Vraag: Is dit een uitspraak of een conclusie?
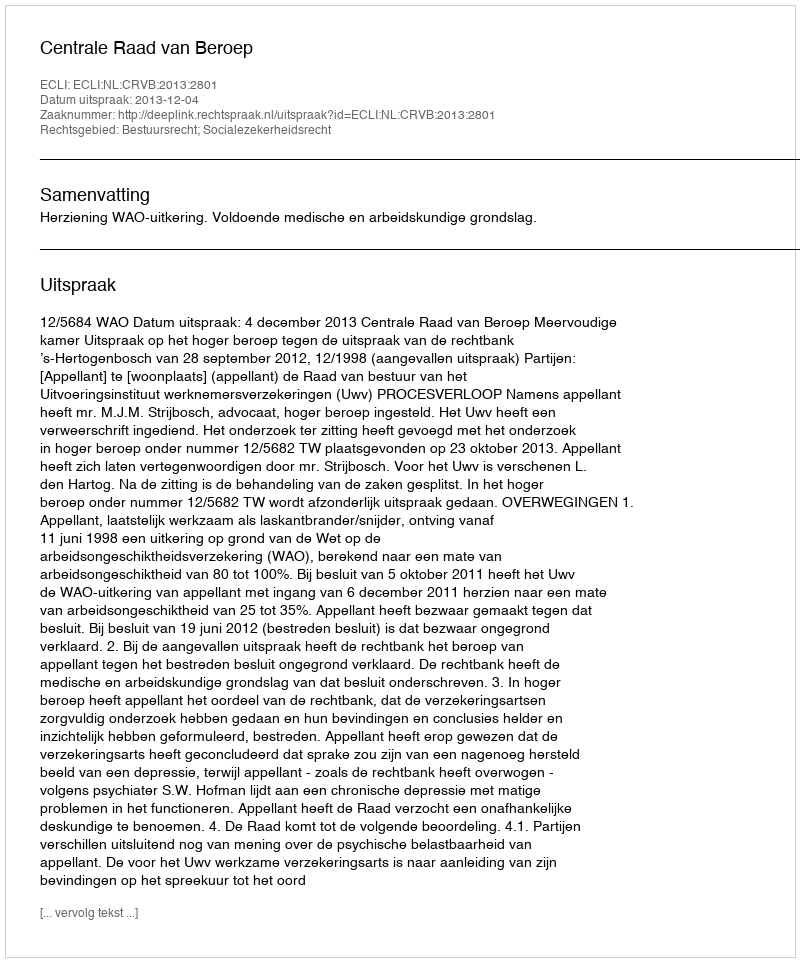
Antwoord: Uitspraak